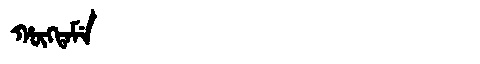
Manchu: ᡥᡡᡴᡨᠠᠮᡝ
Romanization: HŪKTAME